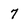
Character: 7